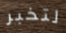
لتخبر